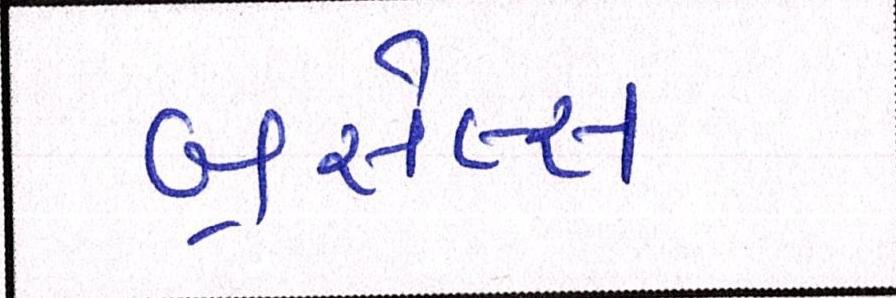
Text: બ્રસેલ્સ